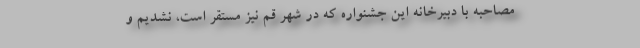
مصاحبه با دبیرخانه این جشنواره که در شهر قم نیز مستقر است، نشدیم و